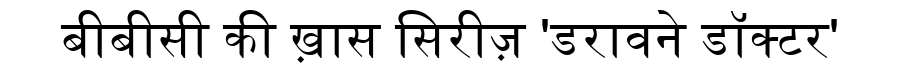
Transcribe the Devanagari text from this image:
बीबीसी की ख़ास सिरीज़ 'डरावने डॉक्टर'